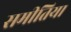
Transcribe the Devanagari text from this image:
समीतिया